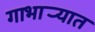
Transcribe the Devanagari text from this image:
गाभार्‍यात